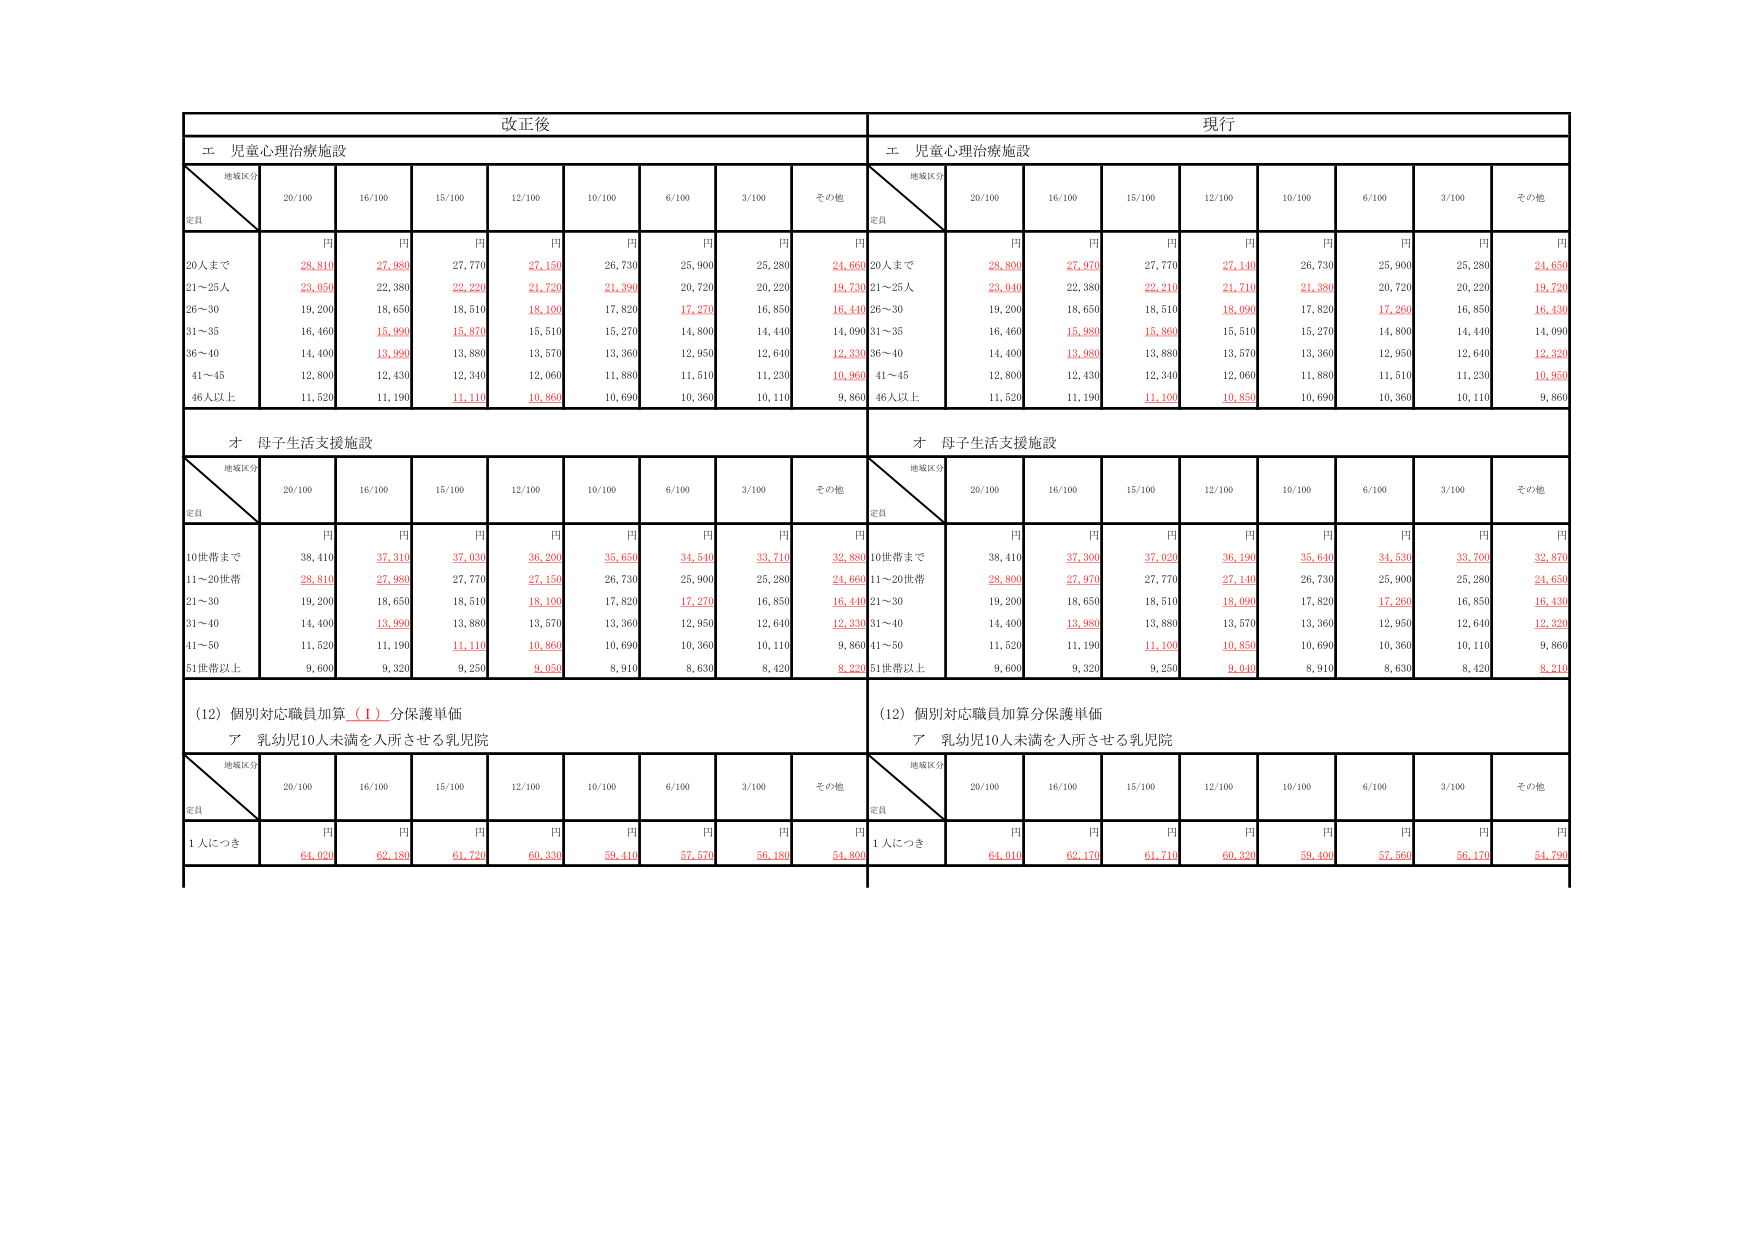
改正後
現行
エ 児童心理治療施設
エ 児童心理治療施設
地域区分
定員
20/100
16/100
15/100
12/100
10/100
6/100
3/100
その他
地域区分
定員
20/100
16/100
15/100
12/100
10/100
6/100
3/100
その他
円
円
円
円
円
円
円
円
円
円
円
円
円
円
円
円
円
20人まで
28,810
27,980
27,770
27,150
26,730
25,900
25,280
24,660
20人まで
28,800
27,970
27,770
27,140
26,730
25,900
25,280
24,650
21～25人
23,050
22,380
22,220
21,720
21,390
20,720
20,220
19,730
21～25人
23,040
22,380
22,210
21,710
21,380
20,720
20,220
19,720
26～30
19,200
18,650
18,510
18,100
17,820
17,270
16,850
16,440
26～30
19,200
18,650
18,510
18,090
17,820
17,260
16,850
16,430
31～35
16,460
15,990
15,870
15,510
15,270
14,800
14,440
14,090
31～35
16,460
15,980
15,860
15,510
15,270
14,800
14,440
14,090
36～40
14,400
13,990
13,880
13,570
13,360
12,950
12,640
12,330
36～40
14,400
13,980
13,880
13,570
13,360
12,950
12,640
12,320
41～45
12,800
12,430
12,340
12,060
11,880
11,510
11,230
10,960
41～45
12,800
12,430
12,340
12,060
11,880
11,510
11,230
10,950
46人以上
11,520
11,190
11,110
10,860
10,690
10,360
10,110
9,860
46人以上
11,520
11,190
11,100
10,850
10,690
10,360
10,110
9,860
オ 母子生活支援施設
オ 母子生活支援施設
地域区分
定員
20/100
16/100
15/100
12/100
10/100
6/100
3/100
その他
地域区分
定員
20/100
16/100
15/100
12/100
10/100
6/100
3/100
その他
円
円
円
円
円
円
円
円
円
円
円
円
円
円
円
円
円
10世帯まで
38,410
37,340
37,030
36,200
35,650
34,540
33,710
32,880
10世帯まで
38,410
37,300
37,020
36,190
35,640
34,530
33,700
32,870
11～20世帯
28,810
27,980
27,770
27,150
26,730
25,900
25,280
24,660
11～20世帯
28,800
27,970
27,770
27,140
26,730
25,900
25,280
24,650
21～30
19,200
18,650
18,510
18,100
17,820
17,270
16,850
16,440
21～30
19,200
18,650
18,510
18,090
17,820
17,260
16,850
16,430
31～40
14,400
13,990
13,880
13,570
13,360
12,950
12,640
12,330
31～40
14,400
13,980
13,880
13,570
13,360
12,950
12,640
12,320
41～50
11,520
11,190
11,110
10,860
10,690
10,360
10,110
9,860
41～50
11,520
11,190
11,100
10,850
10,690
10,360
10,110
9,860
51世帯以上
9,600
9,320
9,250
9,050
8,910
8,630
8,420
8,220
51世帯以上
9,600
9,320
9,250
9,040
8,910
8,630
8,420
8,210
(12) 個別対応職員加算（Ⅰ）分保護単価
(12) 個別対応職員加算分保護単価
ア 乳幼児10人未満を入所させる乳児院
ア 乳幼児10人未満を入所させる乳児院
地域区分
定員
20/100
16/100
15/100
12/100
10/100
6/100
3/100
その他
地域区分
定員
20/100
16/100
15/100
12/100
10/100
6/100
3/100
その他
円
円
円
円
円
円
円
円
円
円
円
円
円
円
円
円
円
1人につき
64,020
62,180
61,720
60,330
59,410
57,570
56,180
54,800
1人につき
64,010
62,170
61,710
60,320
59,400
57,560
56,170
54,790